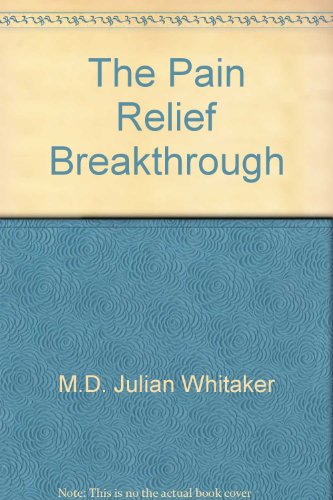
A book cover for The Pain Relief Breakthrough: The Power of Magnets to Relieve Backaches, Arthritis, Menstrual Cramps, Carpal Tunnel Syndrome, Sports Injuries, and More; M.D. Julian Whitaker; Health, Fitness & Dieting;